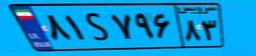
۸۱S۷۹۶۸۳